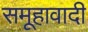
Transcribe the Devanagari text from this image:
समूहावादी